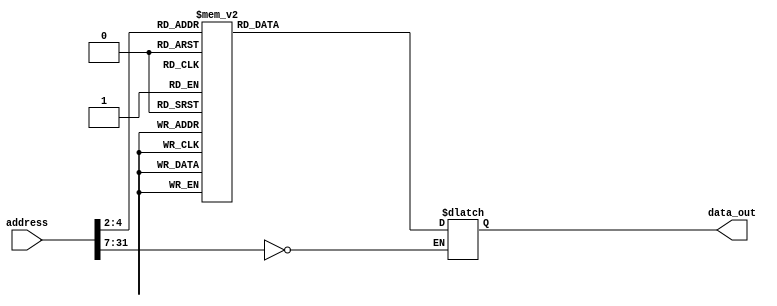
//-----------------------------------------------------------------------------
// Title         : Read-Only Memory (Instruction ROM)
// Project       : ECE 313 - Computer Organization
//-----------------------------------------------------------------------------
// Organization  : Lafayette College
// 
//-----------------------------------------------------------------------------
// Description :
//   Behavioral model of a read-only memory used in the implementations of the MIPS
//   processor subset described in Ch. 5-6 of "Computer Organization and Design, 3rd ed."
//   by David Patterson & John Hennessey, Morgan Kaufmann, 2004 (COD3e).  
//
//   Note the use of the Verilog concatenation operator to specify different
//   instruction fields in each memory element.
//
//-----------------------------------------------------------------------------

module rom32(address, data_out);
  input  [31:0] address;
  output [31:0] data_out;
  reg    [31:0] data_out;

  parameter BASE_ADDRESS = 25'd0; // address that applies to this memory

  wire [4:0] mem_offset;
  wire address_select;

  assign mem_offset = address[6:2];  // drop 2 LSBs to get word offset

  assign address_select = (address[31:7] == BASE_ADDRESS);  // address decoding

  always @(address_select or mem_offset)
  begin
    if ((address % 4) != 0) $display($time, " rom32 error: unaligned address %d", address);
    if (address_select == 1)
    begin
      case (mem_offset) 
          //Completely arbitrary assembly script to test addi, j, and bne
          5'd0 : data_out = { 6'd5, 26'd2 };             // jump  2 down
          5'd1 : data_out = { 6'd35, 5'd0, 5'd3, 16'd8 };             // lw $3, 8($0)    r3=2 COULD BE ANYTHING, added, to prove the jump skips it.
          5'd2 : data_out = { 6'd8, 5'd5, 5'd0, 16'd0 };  // addi $5, $0, 0  r5=0
          5'd3 : data_out = { 6'd8, 5'd5, 5'd5, 16'd5 };  // addi $5, $5, 5  r5=5
          5'd4 : data_out = { 6'd8, 5'd6, 5'd0, 16'd0 };  // addi $6, $0, 0  r6=0
          5'd5 : data_out = { 6'd8, 5'd6, 5'd5, 16'd1 };  // addi $6, $6, 1  r6=1
          5'd6 : data_out = { 6'd8, 5'd5, 5'd5, -16'd1 };  // addi $5, $5, -1  r5=r5 - 1 
          5'd7 : data_out = { 6'd5, 5'd5, 5'd6, -16'd2 };             // bne $5, $6, -2  if not, go back 1
          //5'd7 : data_out = { 6'd43, 5'd0, 5'd5, 16'd0 };             // MEM[0] = $5
          // add more cases here as desired
          default data_out = 32'hxxxx;
      endcase
      $display($time, " reading data: rom32[%h] => %h", address, data_out);
    end
  end 
endmodule